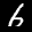
Label: 6